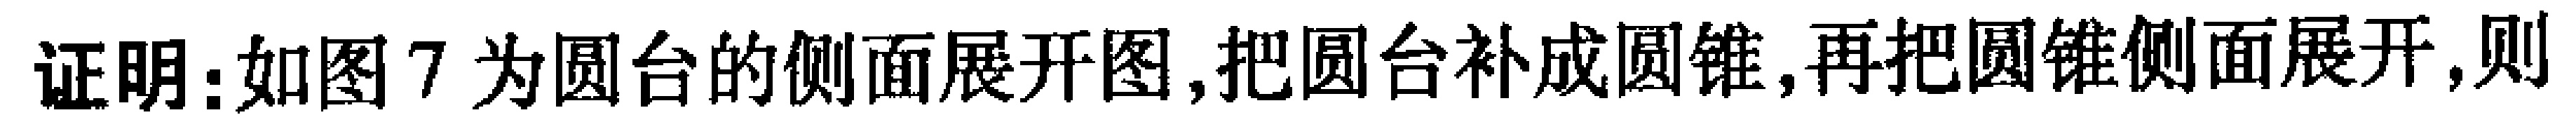
证明：如图7为圆台的侧面展开图,把圆台补成圆锥,再把圆锥侧面展开,则